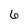
Character: 6